Annual report on the mental hospital in the Central Provinces and Berar (Nagpur) - 1927-1951
Year: 1927
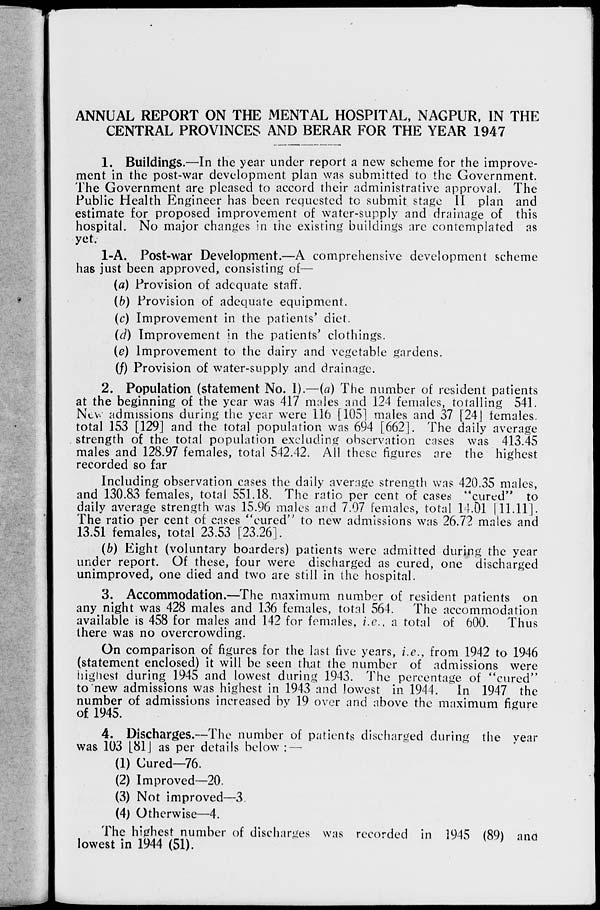
ANNUAL REPORT ON THE MENTAL HOSPITAL, NAGPUR, IN THE
CENTRAL PROVINCES AND BERAR FOR THE YEAR 1947
1. Buildings.—In the year under report a new scheme for the improve-
ment in the post-war development plan was submitted to the Government.
The Government are pleased to accord their administrative approval. The
Public Health Engineer has been requested to submit stage II plan and
estimate for proposed improvement of water-supply and drainage of this
hospital. No major changes in the existing buildings are contemplated as
yet.
1-A. Post-war Development.—A comprehensive development scheme
has just been approved, consisting of—
{a) Provision of adequate staff.
{b) Provision of adequate equipment.
(c) Improvement in the patients' diet.
(d) Improvement in the patients' clothings.
(e) Improvement to the dairy and vegetable gardens.
(/) Provision of water-supply and drainage.
2. Population (statement No. 1).—(a) The number of resident patients
at the beginning of the year was 417 males and 124 females, totalling 541.
New admissions during the year were 116 [105] males and 37 [24J females,
total 153 [129] and the total population was 694 [662]. The daily average
strength of the total population excluding observation cases was 413.45
males and 128.97 females, total 542.42. All these figures are the highest
recorded so far
Including observation cases the daily average strength was 420.35 males,
and 130.83 females, total 551.18. The ratio per cent of cases "cured" to
daily average strength was 15.96 males and 7.07 females, total 14.01 111.11].
The ratio per cent of cases "cured" to new admissions was 26.72 males and
13.51 females, total 23.53 [23.26].
(b) Eight (voluntary boarders) patients were admitted during the year
under report. Of these, four were discharged as cured, one discharged
unimproved, one died and two are still in the hospital.
3. Accommodation.—The maximum number of resident patients on
any night was 428 males and 136 females, total 564.
The accommodation
available is 458 for males and 142 for females, i.e., a total of 600. Thus
there was no overcrowding.
On comparison of figures for the last five years, i.e., from 1942 to 1946
(statement enclosed) it will be seen that the number of admissions were
highest during 1945 and lowest during 1943. The percentage of "cured"
to new admissions was highest in 1943 and lowest in 1944.
In 1947 the
number of admissions increased bv 19 over and above the maximum figure
of 1945.
4. Discharges.—The number of patients discharged during the year
was 103 [81] as per details below : —
(1) Cured—76.
(2) Improved—20.
(3) Not improved—3.
(4) Otherwise—4.
The highest number of discharges was recorded in 1945 (89) and
lowest in 1944 (51).